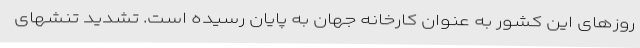
روزهای این کشور به عنوان کارخانه جهان به پایان رسیده است. تشدید تنشهای